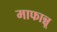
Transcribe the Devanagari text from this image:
माफान्नू